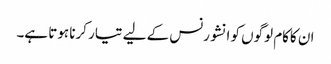
ان کاکام لوگوں کو انشورنس کے لیے تیار کرنا ہوتا ہے۔